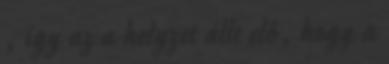
, így az a helyzet állt elő, hogy a